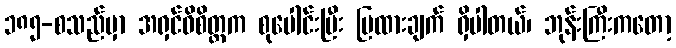
၁၈၅-စသည်မှာ အရှင်ဝိစိတ္တက စုပေါင်းပြီး ပြထားချက် ရှိပါတယ်၊ ဘုန်းကြီးကတော့